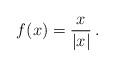
LaTeX: \begin{align*}f(x) = \frac{x}{|x|}\, .\end{align*}